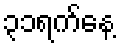
၃၁ရက်နေ့